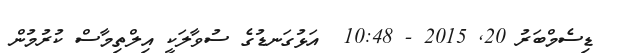
ޑިސެމްބަރު 20